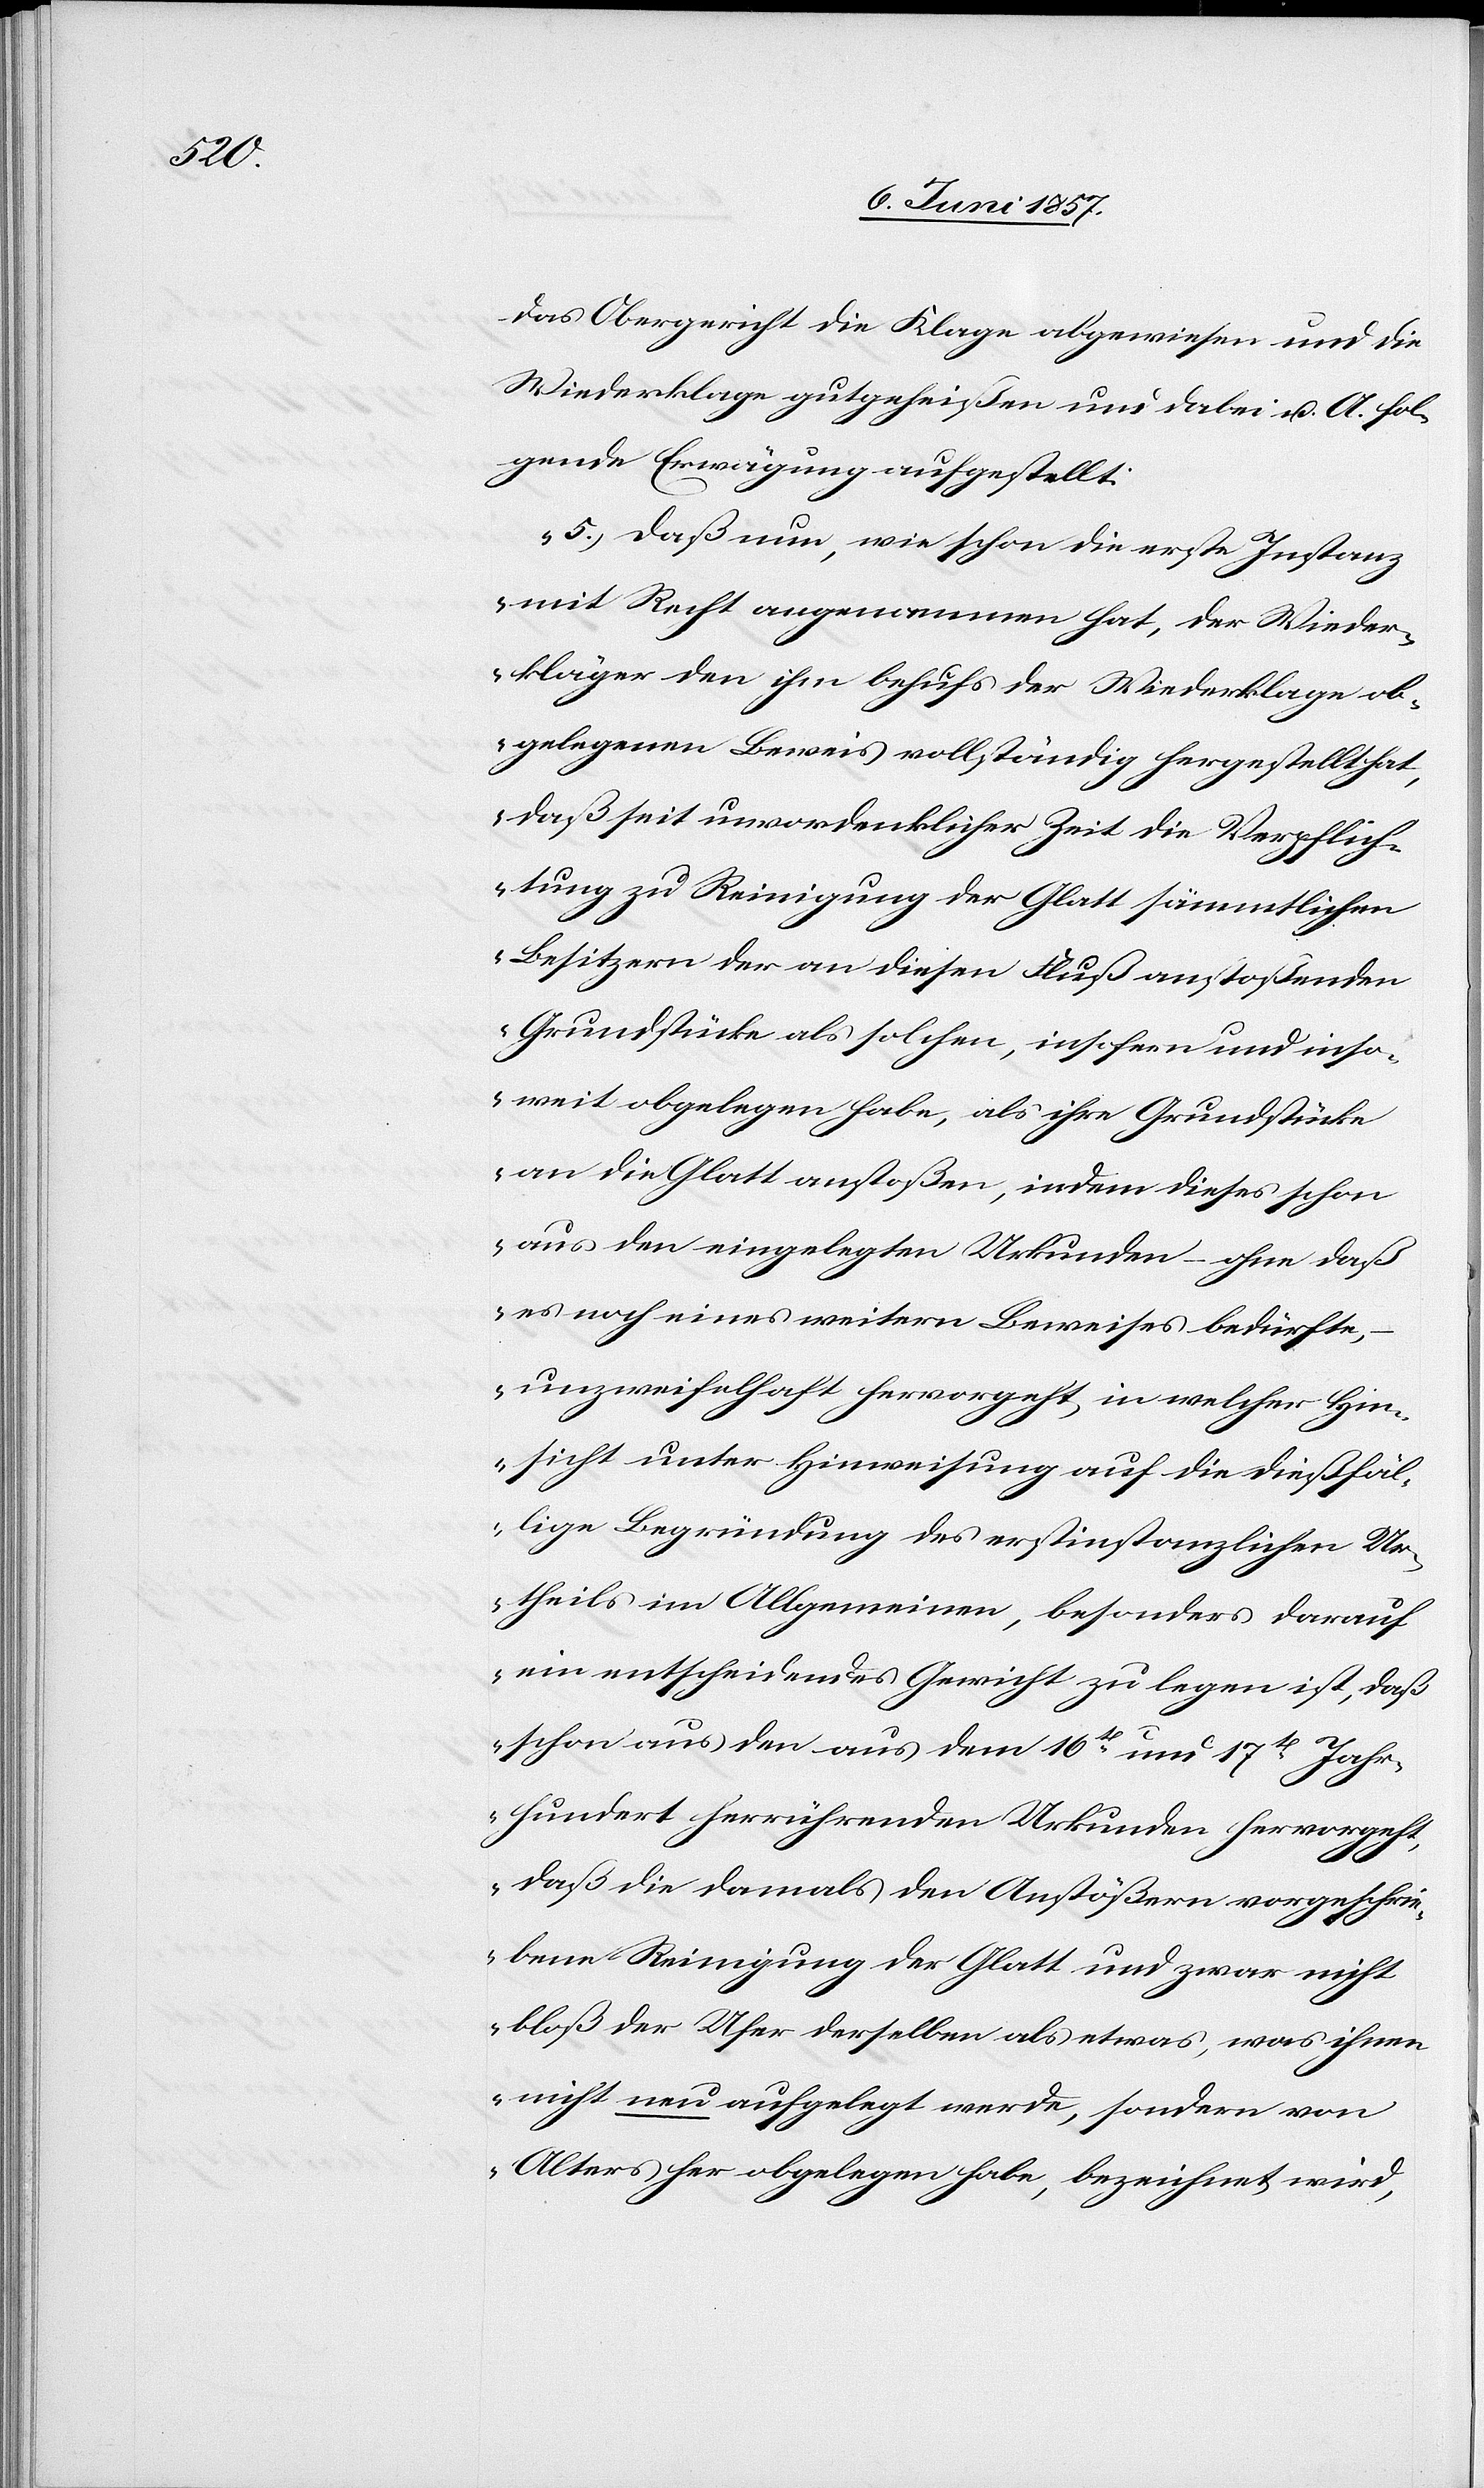
das Obergericht die Klage abgewiesen und die
Wiederklage gutgeheißen und dabei &. A. fol¬
gende Erwägung aufgestellt:
„5.) Daß nun, wie schon die erste Instanz
mit Recht angenommen hat, der Wieder¬
kläger den ihm behufs der Wiederklage ob¬
gelegenen Beweis vollständig hergestellt hat,
daß seit unvordenklicher Zeit die Verpflich¬
tung zu Reinigung der Glatt sämmtlichen
Besitzern der an diesen Fluß anstoßenden
Grundstücke als solchen, insofern und inso¬
weit obgelegen habe, als ihre Grundstücke
an die Glatt anstoßen, indem dieses schon
aus den eingelegten Urkunden – ohne daß
es noch eines weitern Beweises bedürfte,
unzweifelhaft hervorgeht, in welcher Hin¬
sicht unter Hinweisung auf die dießfäl¬
lige Begründung des erstinstanzlichen Ur¬
theils im Allgemeinen, besonders darauf
ein entscheidendes Gewicht zu legen ist, daß
schon aus den aus dem 16ten und 17ten Jahr¬
hundert herrührenden Urkunden hervorgeht,
daß die damals den Anstößern vorgeschrie¬
bene Reinigung der Glatt und zwar nicht
bloß der Ufer derselben als etwas, was ihnen
nicht neu aufgelegt werde, sondern von
Alters her obgelegen habe, bezeichnet wird,